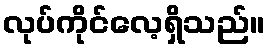
လုပ်ကိုင်လေ့ရှိသည်။